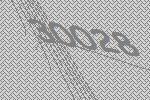
30028